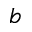
b